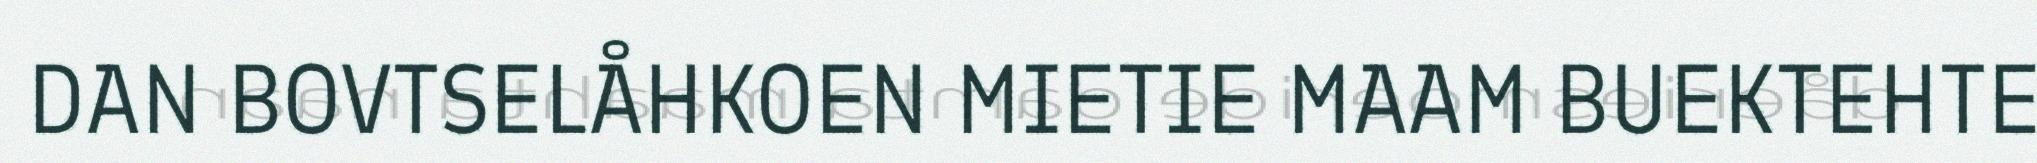
DAN BOVTSELÅHKOEN MIETIE MAAM BUEKTEHTE